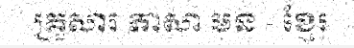
គ្រួសារ ភាសា មន - ខ្មែរ